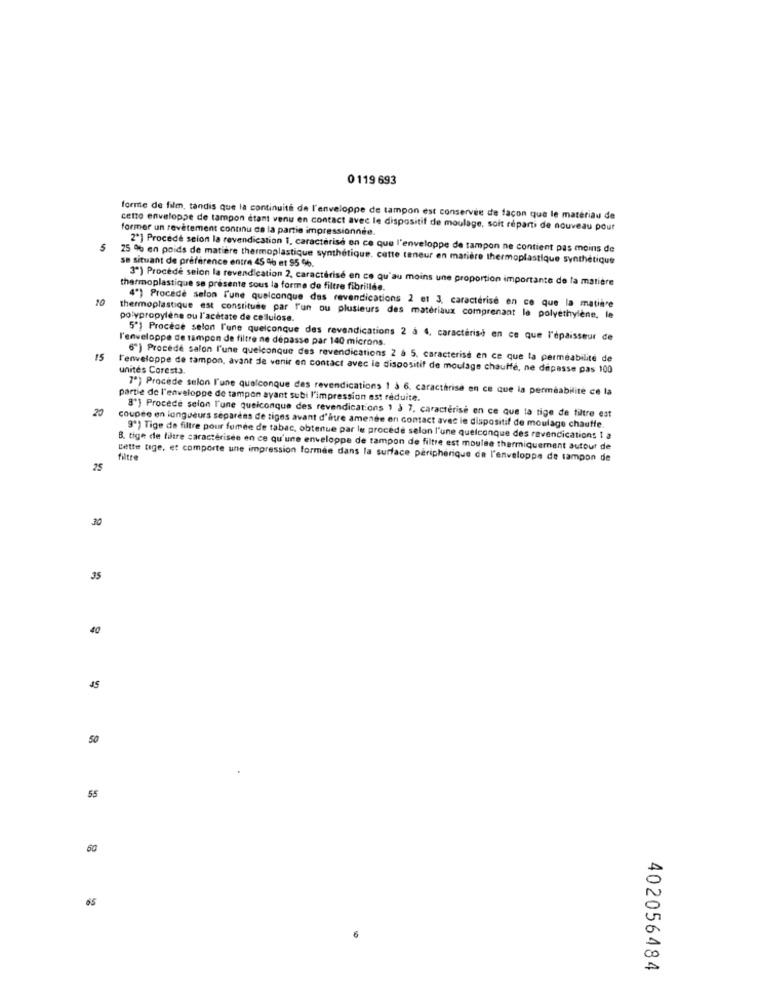
0 119 693
fornite de film, tandis que la continuité de l'enveloppe de tampon est conservée de façon que le matériau de
cenzo enveloppe de tampon étant venu en contact avec le dispositif de moulage, soit réparti de nouveau pour
former un revêtement continu cs la partie impressionnée.
2ª] Procède selon la revendication 1, caractérisé en ce que l'enveloppe de tampon ne contient pas moins de
25 % en poids de matière thermoplastique synthétique. cette teneur en matière thermoplastique synthétique
se situant de préférence entre 45 % et $5 %.
3º) Procédé selon la revendication 2, caractérisé en co qu'au moins une proportion importante de la matière
thermoplastique se présente sous la forme de filtre fibrillée.
10
4") Procede salon l'une quelconque das revendications 2 et 3. caractérise en ce que la matière
thermoplastique est constituée par l'un ou plusieurs des materiaux comprenant le polyethylene, le
polypropylène ou l'acetate de celulose.
l'enveloppe de tampon de filtre ne dépasse par 140 microns.
5º) Procèce selon l'une quelconque des revendications 2 à 4, caractérisé en ce que l'épaisseur de
15
6") Procédé salon l'une quelconque des revendications 2 à 5, caracterise en ce que la perméabilité de
l'enveloppe de tampon, avant de venir en contact avec le dispositif de moulage chauffe, ne dépasse pas 100
unités Corest3.
7º) Procède selon l'une quelconque des revendications 1 à 6. caractérisé en ce que la perméabilité ce la
partie de l'enveloppe de tampon ayant subi l'impression est réduite.
20
8'} Procede selon l'une quelconque des revendications 1 à 7. caractérise en ce que la tige de tiltre est
coupee en longueurs separens de tiges avant d'être amenée en contact avec le dispositif de moulage chauffe.
9º) Tige de filtre pour fumée de tabac, obtenue par le procède selon l'une quelconque des revendications 1 a
. tige de filtre caractérisée en ce qu'une enveloppe de tampon de filtre est moulse thermiquement autour de
cette tige, et comporte une impression formee dans la surface périphérique de l'enveloppe de tampon de
filtre
25
30
35
40
45
50
55
60
65
402056484